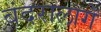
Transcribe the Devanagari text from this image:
बंदरालागे